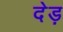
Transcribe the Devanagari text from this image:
देड़